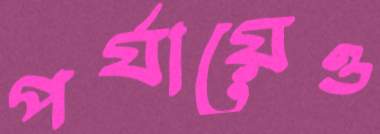
পর্যায়েও